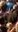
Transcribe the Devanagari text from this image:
डल्ब्रुक